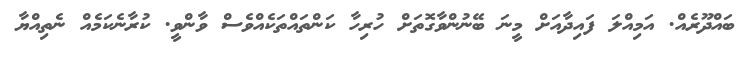
ބައްދޫރެއް. އަމިއްލަ ފައިދާއަށް މީނަ ބޭނުންވާގޮތަށް ހުރިހާ ކަންތައްތަކެއްވެސް ވާންވީ. ކުރާނެކަމެއް ނެތިއްޔާ